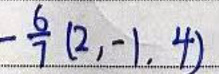
$-\frac{6}{7}(2,-1,4)$